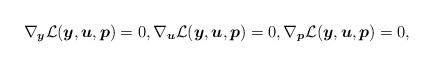
LaTeX: \begin{align*} \begin{aligned} \nabla_{\boldsymbol{y}} \mathcal{L}(\boldsymbol{y},\boldsymbol{u},\boldsymbol{p}) = 0, \nabla_{\boldsymbol{u}} \mathcal{L}(\boldsymbol{y},\boldsymbol{u},\boldsymbol{p}) = 0, \nabla_{\boldsymbol{p}} \mathcal{L}(\boldsymbol{y},\boldsymbol{u},\boldsymbol{p}) = 0,\end{aligned}\end{align*}